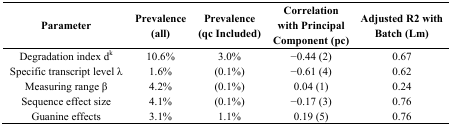
<table><thead><tr><td><b>Parameter</b></td><td><b>Prevalence (all)</b></td><td><b>Prevalence (qc Included)</b></td><td><b>Correlation with Principal Component (pc)</b></td><td><b>Adjusted R2 with Batch (Lm)</b></td></tr></thead><tbody><tr><td>Degradation index d<sup>k</sup></td><td>10.6%</td><td>3.0%</td><td>−0.44 (2)</td><td>0.67</td></tr><tr><td>Specific transcript level λ</td><td>1.6%</td><td>(0.1%)</td><td>−0.61 (4)</td><td>0.62</td></tr><tr><td>Measuring range β</td><td>4.2%</td><td>(0.1%)</td><td>0.04 (1)</td><td>0.24</td></tr><tr><td>Sequence effect size</td><td>4.1%</td><td>(0.1%)</td><td>−0.17 (3)</td><td>0.76</td></tr><tr><td>Guanine effects</td><td>3.1%</td><td>1.1%</td><td>0.19 (5)</td><td>0.76</td></tr></tbody></table>